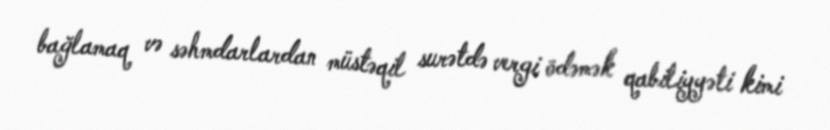
bağlamaq və səhmdarlardan müstəqil surətdə vergi ödəmək qabiliyyəti kimi